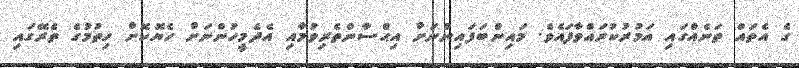
ގެ އެތައް ތަނެއްގައި އަމުރުކުރައްވާފައެވެ. މައިންބަފައިންނަށް އިޙްސާންތެރިވުމާއި އެދެމީހުންނަށް ހެޔޮކޮށް ހިތުމުގެ ތެރޭގައި